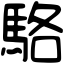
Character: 駱